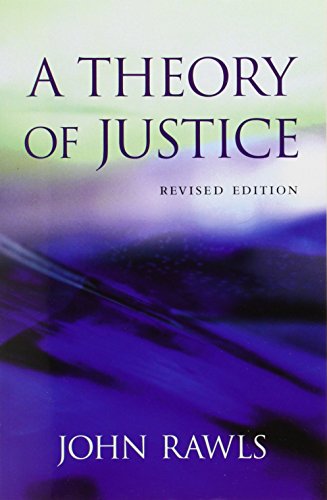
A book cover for A Theory of Justice; John Rawls; Law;